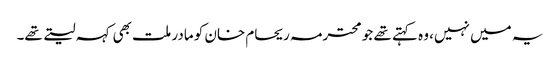
یہ میں نہیں، وہ کہتے تھے جو محترمہ ریحام خان کو مادر ملت بھی کہہ لیتے تھے۔